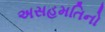
અસહમતિનો